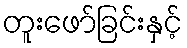
တူးဖော်ခြင်းနှင့်